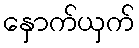
နှောက်ယှက်